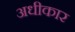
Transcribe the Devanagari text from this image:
अधीकार